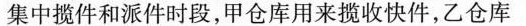
集中揽件和派件时段，甲仓库用来揽收快件，乙仓库